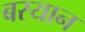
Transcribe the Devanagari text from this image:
बरयान